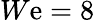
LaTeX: W\mathrm{e}=8